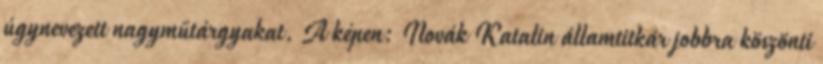
úgynevezett nagyműtárgyakat. A képen: Novák Katalin államtitkár jobbra köszönti